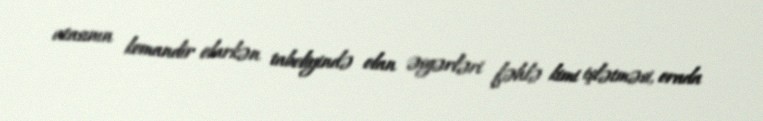
atasının komandir olarkən tabeliyində olan əsgərləri fəhlə kimi işlətməsi, orada